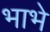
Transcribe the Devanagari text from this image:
भाभे